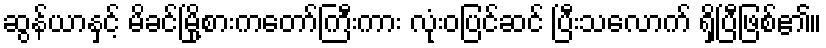
ဆွန်ယာနှင့် မိခင်မြို့စားကတော်ကြီးကား လုံးဝပြင်ဆင် ပြီးသလောက် ရှိပြီဖြစ်၏။